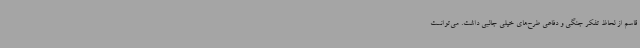
قاسم از لحاظ تفکر جنگی و دفاعی طرح‌های خیلی جالبی داشت. می‌توانست